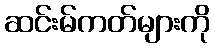
ဆင်းမ်ကတ်များကို